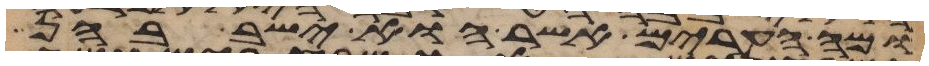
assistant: ומה הערים אשר הוא ישב בהן